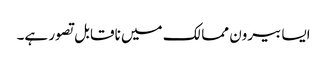
ایسا بیرون ممالک میں ناقابل تصور ہے۔